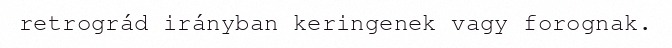
retrográd irányban keringenek vagy forognak.